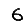
Digit: 6